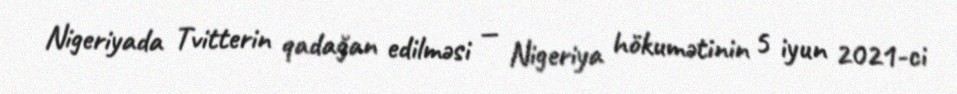
Nigeriyada Tvitterin qadağan edilməsi — Nigeriya hökumətinin 5 iyun 2021-ci